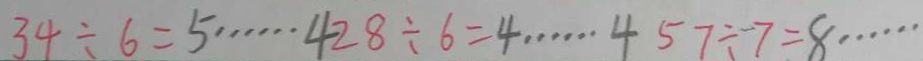
3 4 \div 6 = 5 \cdots 4 2 8 \div 6 = 4 \cdots 4 5 7 \div 7 = 8 \cdots